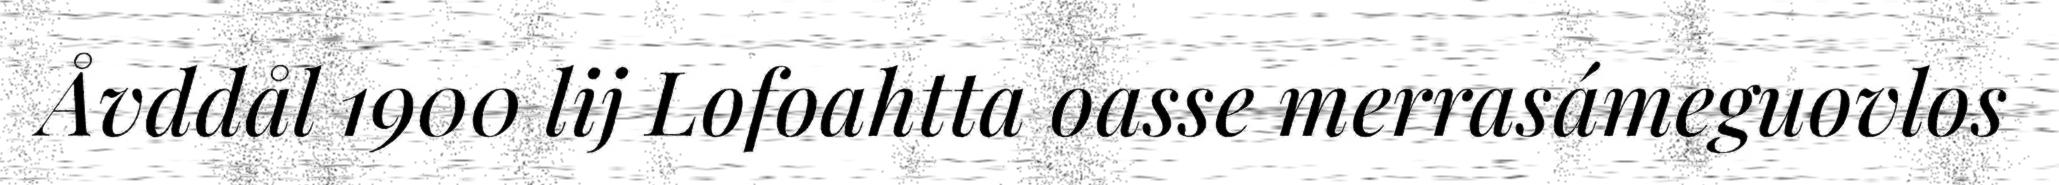
Åvddål 1900 lij Lofoahtta oasse merrasámeguovlos